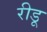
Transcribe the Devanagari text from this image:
रीडू